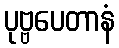
ပုဗ္ဗပေတာနံ